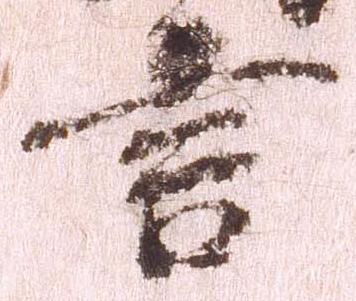
言